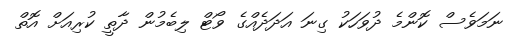
ނަމަވެސް ކޮންމެ ދުވަހަކު ގިނަ އަދަދެއްގެ ވޯޓް ލިބެމުން ދާތީ ކުރިއަށް އޮތް